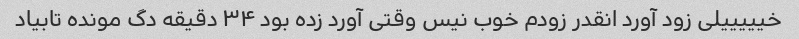
خیییییلی زود آورد انقدر زودم خوب نیس وقتی آورد زده بود ۳۴ دقیقه دگ مونده تابیاد